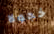
خجولا